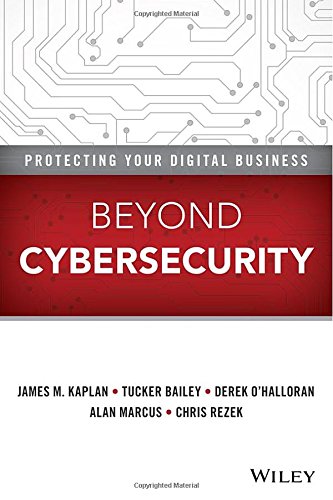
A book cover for Beyond Cybersecurity: Protecting Your Digital Business; James M. Kaplan; Computers & Technology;